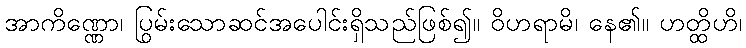
အာကိဏ္ဏော၊ ပြွမ်းသောဆင်အပေါင်းရှိသည်ဖြစ်၍။ ဝိဟရာမိ၊ နေ၏။ ဟတ္ထိဟိ၊